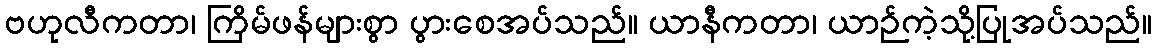
ဗဟုလီကတာ၊ ကြိမ်ဖန်များစွာ ပွားစေအပ်သည်။ ယာနီကတာ၊ ယာဉ်ကဲ့သို့ပြုအပ်သည်။